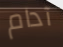
آدام